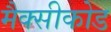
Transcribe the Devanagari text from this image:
मैक्सीकोड